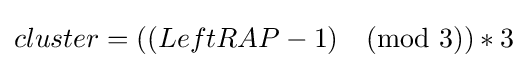
cluster=((LeftRAP-1){\pmod {3}})*3